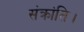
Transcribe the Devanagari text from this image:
संक्रांति।